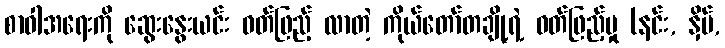
စာဝါအရေးကို ဆွေးနွေးယင်း ဝတ်ဖြည့် လာတဲ့ ကိုယ်တော်တချို့ရဲ့ ဝတ်ဖြည့်မှု (နင်း, နှိပ်,